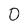
Character: 0